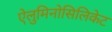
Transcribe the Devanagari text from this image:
ऐलुमिनोसिलिकेट